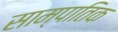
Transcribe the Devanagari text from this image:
साम्पातिक